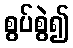
စွပ်စွဲ၍